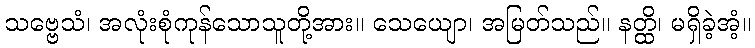
သဗ္ဗေသံ၊ အလုံးစုံကုန်သောသူတို့အား။ သေယျော၊ အမြတ်သည်။ နတ္ထိ၊ မရှိခဲ့အံ့။